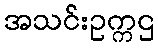
အသင်းဥက္ကဌ